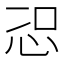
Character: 𭜦